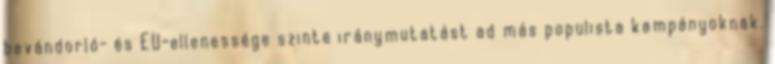
bevándorló- és EU-ellenessége szinte iránymutatást ad más populista kampányoknak.